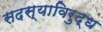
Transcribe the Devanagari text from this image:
सदस्याविरुद्ध